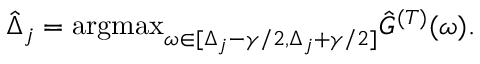
\hat { \Delta } _ { j } = \mathrm { a r g m a x } _ { \omega \in [ \Delta _ { j } - \gamma / 2 , \Delta _ { j } + \gamma / 2 ] } \hat { G } ^ { ( T ) } ( \omega ) .